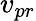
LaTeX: v_{pr}